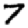
Digit: 7